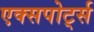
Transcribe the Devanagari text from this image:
एक्सपोर्ट्स